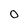
Character: 0